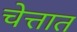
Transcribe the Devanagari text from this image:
चेत्तात